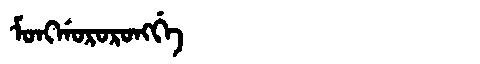
Manchu: ᠮᠣᠩᡤᠣᡵᠣᡵᠣᠩᡤᡝ
Romanization: MONGGORORONGGE